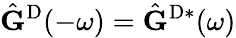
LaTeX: \hat{\mathbf{G}}^{\mathrm{D}}(-\omega)=\hat{\mathbf{G}}^{\mathrm{D}*}(\omega)